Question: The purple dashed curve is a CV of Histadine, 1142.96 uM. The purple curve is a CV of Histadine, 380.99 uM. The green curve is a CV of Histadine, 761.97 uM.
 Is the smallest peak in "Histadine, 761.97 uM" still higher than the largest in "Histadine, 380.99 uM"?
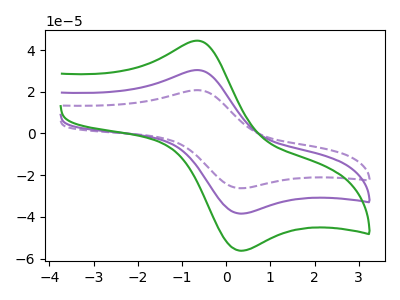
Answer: <think>The purple dashed curve "Histadine, 1142.96 uM" has an anodic peak at (-0.70V, 60.80uA) and a cathodic peak at (0.35V, -76.85uA). The purple curve "Histadine, 380.99 uM" has an anodic peak at (-0.70V, 30.40uA) and a cathodic peak at (0.35V, -38.40uA). The green curve "Histadine, 761.97 uM" has an anodic peak at (-0.70V, 44.45uA) and a cathodic peak at (0.35V, -56.20uA).</think>
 <answer>Every peak in "Histadine, 761.97 uM" is higher than every peak in "Histadine, 380.99 uM".</answer>
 <eval>higher</eval>